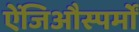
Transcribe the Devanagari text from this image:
ऐंजिऔस्पर्मों